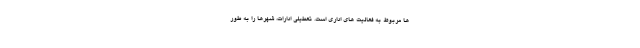
ها مربوط به فعالیت های اداری است. تعطیلی ادارات، شهرها را به طور